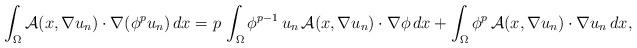
LaTeX: \begin{align*}\int_{\Omega}\mathcal{A}(x,\nabla u_n)\cdot\nabla(\phi^{p}u_n)\,dx &= p\,\int_{\Omega}\phi^{p-1}\,u_n\,\mathcal{A}(x,\nabla u_n)\cdot\nabla\phi\,dx +\int_{\Omega}\phi^{p}\,\mathcal{A}(x,\nabla u_n)\cdot\nabla u_n\,dx,\end{align*}